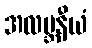
အလဗ္ဘနီယံ